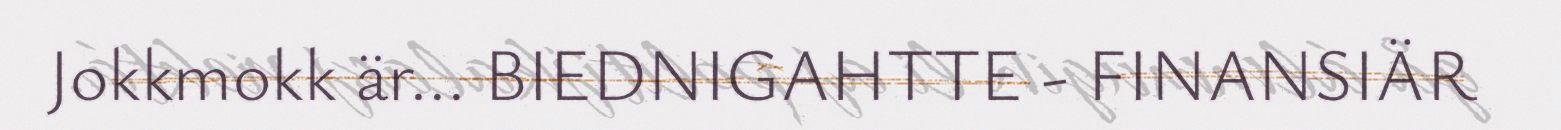
Jokkmokk är... BIEDNIGAHTTE - FINANSIÄR